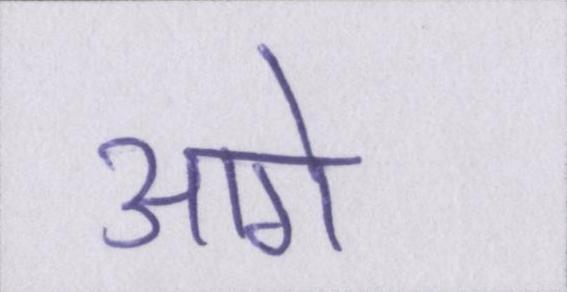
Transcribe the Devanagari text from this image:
आगे